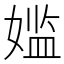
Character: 𫱕